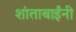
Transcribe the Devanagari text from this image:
शांताबार्इंनी